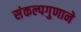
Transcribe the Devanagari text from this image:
संकल्पगुणाने